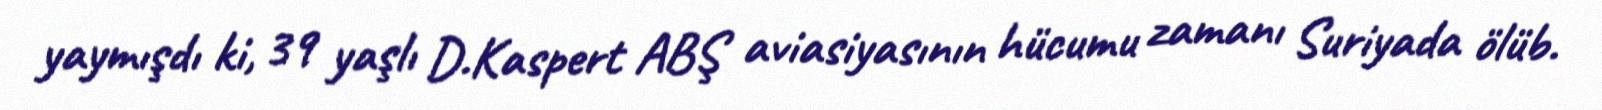
yaymışdı ki, 39 yaşlı D.Kaspert ABŞ aviasiyasının hücumu zamanı Suriyada ölüb.